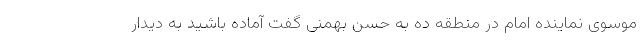
موسوی نماینده امام در منطقه ده به حسن بهمنی گفت آماده باشید به دیدار